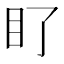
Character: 𭾙